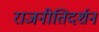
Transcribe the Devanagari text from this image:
राजनीतिदर्शन